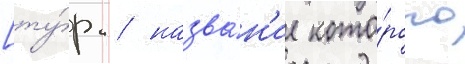
[ту́р. / назва́н'ие кото́рого